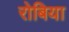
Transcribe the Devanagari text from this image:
रोबिया